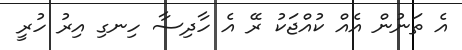
އެ ތަނުން އެއް ކުއްޖަކު ރޭ އެ ހާދިސާ ހިނގި އިރު ހުރީ